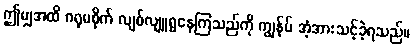
ဤမျှအထိ ဂရုမစိုက် လျစ်လျူရွနေကြသည်ကို ကျွန်ုပ် အံ့အားသင့်ခဲ့ရသည်။